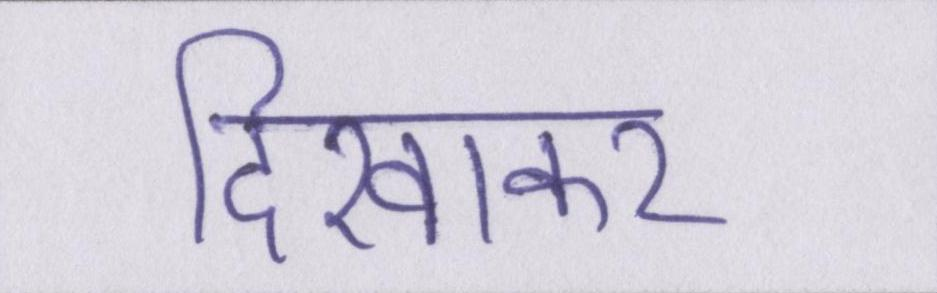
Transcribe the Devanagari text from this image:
दिखाकर